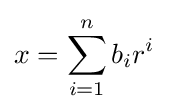
x=\sum _{i=1}^{n}b_{i}r^{i}